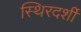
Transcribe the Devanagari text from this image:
स्थिरदर्शी